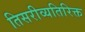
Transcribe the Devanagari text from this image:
तिसरीव्यतिरिक्त